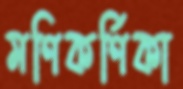
মণিকর্ণিকা